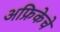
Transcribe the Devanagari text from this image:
अफ्रिकेचे